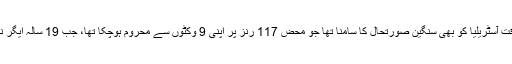
اِس وقت جاری مقابلے میں جہاں انگلینڈ کی 202 رنز پر 7 وکٹیں گرگئی تھیں، اُس وقت آسٹریلیا کو بھی سنگین صورتحال کا سامنا تھا جو محض 117 رنز پر اپنی 9 وکٹوں سے محروم ہوچکا تھا، جب 19 سالہ ایگر نے ہیوز کے ساتھ مل کر 30 سال پرانا ریکارڈ توڑا اور تاریخ میں اپنا نام درج کروایا۔